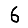
Digit: 6